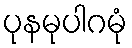
ပုနမုပါဂမုံ